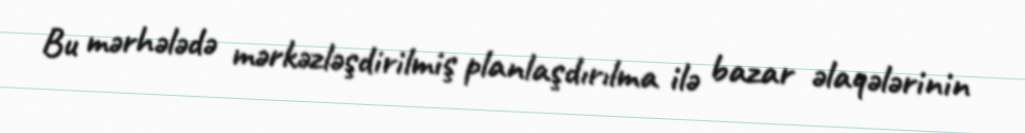
Bu mərhələdə mərkəzləşdirilmiş planlaşdırılma ilə bazar əlaqələrinin